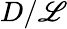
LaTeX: D/\mathscr{L}